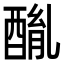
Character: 𨡦